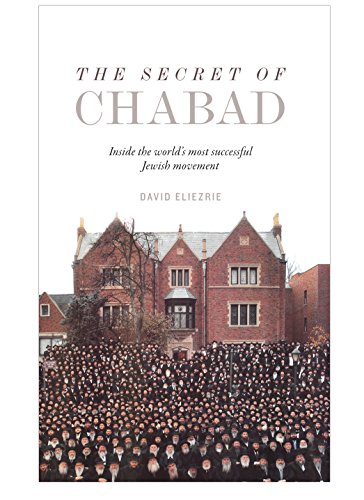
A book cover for The Secret of Chabad; David Eliezrie; History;